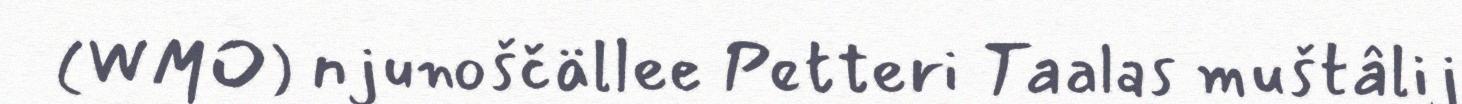
(WMO) njunoščällee Petteri Taalas muštâlij